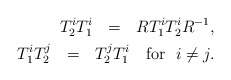
\begin{align*}T_{2}^{i}T_{1}^{i}~~=~~RT_{1}^{i}T_{2}^{i}R^{-1},\\T_{1}^{i}T_{2}^{j}~~=~~T_{2}^{j}T_{1}^{i}~~~\mbox{\rm{for}}~~i\neq j.\end{align*}